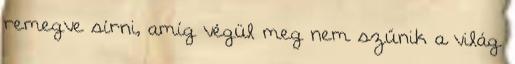
remegve sírni, amíg végül meg nem szűnik a világ.